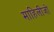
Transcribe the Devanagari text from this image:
माहिलीजो